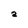
Character: a